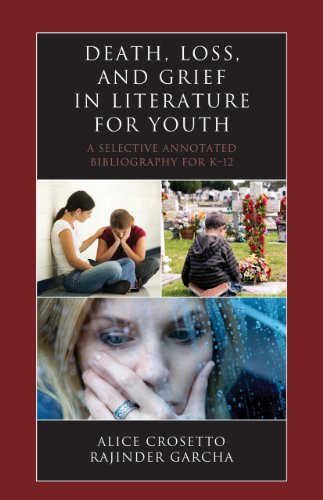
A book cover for Death, Loss, and Grief in Literature for Youth: A Selective Annotated Bibliography for K-12 (Literature for Youth Series); Alice Crosetto; Teen & Young Adult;